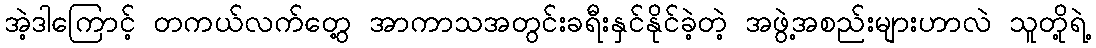
အဲ့ဒါကြောင့် တကယ်လက်တွေ့ အာကာသအတွင်းခရီးနှင်နိုင်ခဲ့တဲ့ အဖွဲ့အစည်းများဟာလဲ သူတို့ရဲ့